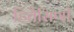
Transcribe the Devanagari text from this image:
हितैसिणी